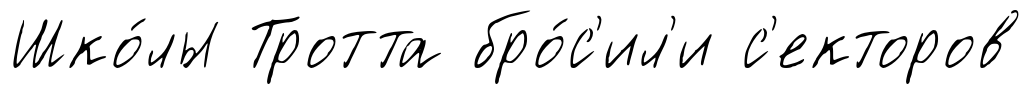
Шко́лы Тротта бро́с'ил'и с'екторов